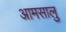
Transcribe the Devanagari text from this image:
आमसालु